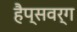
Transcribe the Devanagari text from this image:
हैप्सवर्ग